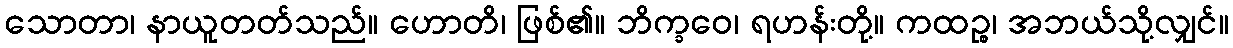
သောတာ၊ နာယူတတ်သည်။ ဟောတိ၊ ဖြစ်၏။ ဘိက္ခဝေ၊ ရဟန်းတို့။ ကထဉ္စ၊ အဘယ်သို့လျှင်။